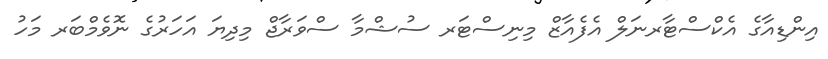
އިންޑިއާގެ އެކްސްޓާރނަލް އެފެއާޒް މިނިސްޓަރ ސުޝްމާ ސްވަރާޖް މިދިޔަ އަހަރުގެ ނޮވެމްބަރ މަހު